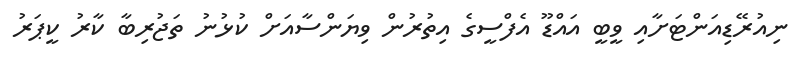
ނިއުރޭޑިއަންޓަށާއި ވީބީ އައްޑޫ އެފްސީގެ އިތުރުން ވިޔަންސާއަށް ކުޅުނު ތަޖުރިބާ ކާރު ކީޕަރު